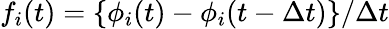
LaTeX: f_{i}(t)=\{ \phi_{i}(t)-\phi_{i}(t-\Delta t)\} /\Delta t